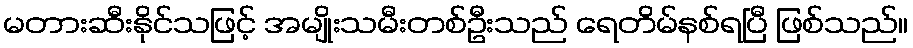
မတားဆီးနိုင်သဖြင့် အမျိုးသမီးတစ်ဦးသည် ရေတိမ်နစ်ရပြီ ဖြစ်သည်။